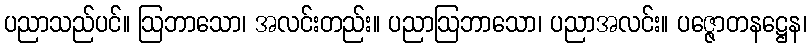
ပညာသည်ပင်။ ဩဘာသော၊ အလင်းတည်း။ ပညာဩဘာသော၊ ပညာအလင်း။ ပဇ္ဇောတနဋ္ဌေန၊